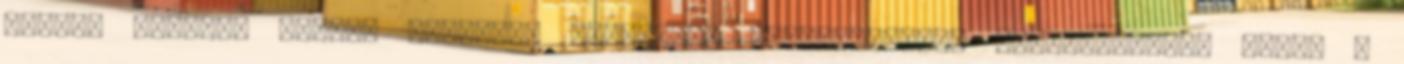
Szabó, Ildikó; Falus, Katalin: Politikai szocializáció közép-európai módra a